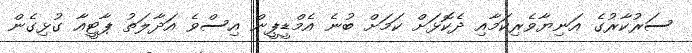
ސަރުކާރުގެ އަނިޔާވެރިކަމާއި ދެކޮޅަށް ކަމަށް ބުނެ އެމްޑީޕީން އިސްވެ އަދާލަތު ޕާޓީއާ ގުޅިގެން